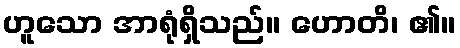
ဟူသော အာရုံရှိသည်။ ဟောတိ၊ ၏။